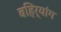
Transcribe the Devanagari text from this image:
बहिर्यांग